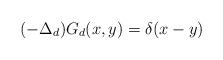
LaTeX: \begin{align*}(-\Delta_d)G_d(x,y) = \delta(x-y)\end{align*}